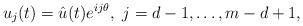
LaTeX: \begin{align*} u_j(t)=\hat{u}(t) e^{ij\theta}, ~j=d-1,\ldots, m-d+1,\end{align*}